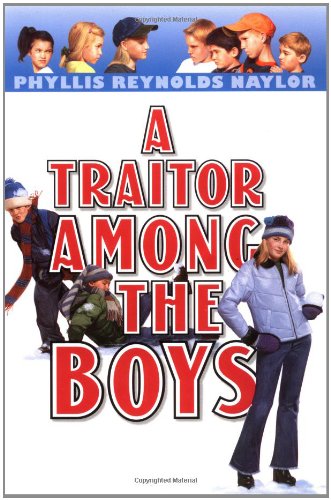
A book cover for A Traitor Among the Boys (Boy/Girl Battle); Phyllis Reynolds Naylor; Children's Books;